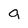
Character: a